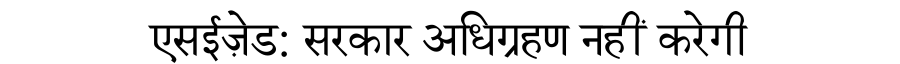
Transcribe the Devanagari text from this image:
एसईज़ेड: सरकार अधिग्रहण नहीं करेगी